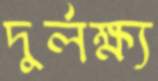
দুর্লক্ষ্য